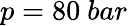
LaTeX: p=80\ bar